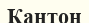
Кантон